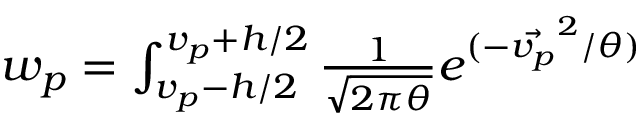
\begin{array} { r } { w _ { p } = \int _ { v _ { p } - h / 2 } ^ { v _ { p } + h / 2 } \frac { 1 } { \sqrt { 2 \pi \theta } } e ^ { ( - \Vec { v _ { p } } ^ { 2 } / \theta ) } } \end{array}